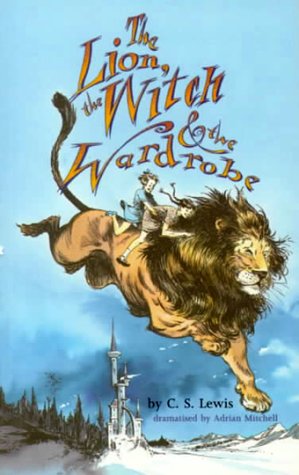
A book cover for Lion, The Witch And The Wardrobe (Oberon/ Plays for Young People); C. S. Lewis; Literature & Fiction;